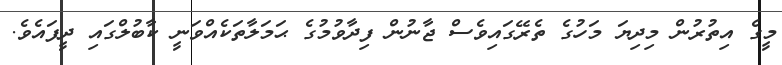
މީގެ އިތުރުން މިދިޔަ މަހުގެ ތެރޭގައިވެސް ޖާނުން ފިދާވުމުގެ ޙަމަލާތަކެއްވަނީ ކާބުލްގައި ދީފައެވެ.